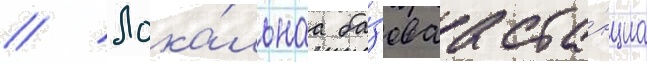
// Лока́льнаа ба́зоваа ста́нциа